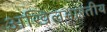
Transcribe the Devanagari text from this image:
अखिलभारतीय